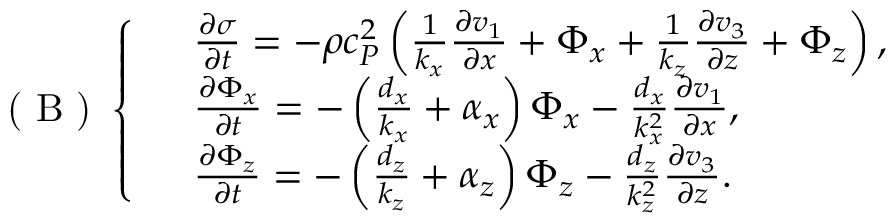
\textup { ( B ) } \left\{ \begin{array} { r l } & { \frac { \partial \sigma } { \partial t } = - \rho c _ { P } ^ { 2 } \left( \frac { 1 } { k _ { x } } \frac { \partial v _ { 1 } } { \partial x } + \Phi _ { x } + \frac { 1 } { k _ { z } } \frac { \partial v _ { 3 } } { \partial z } + \Phi _ { z } \right) , } \\ & { \frac { \partial \Phi _ { x } } { \partial t } = - \left( \frac { d _ { x } } { k _ { x } } + \alpha _ { x } \right) \Phi _ { x } - \frac { d _ { x } } { k _ { x } ^ { 2 } } \frac { \partial v _ { 1 } } { \partial x } , } \\ & { \frac { \partial \Phi _ { z } } { \partial t } = - \left( \frac { d _ { z } } { k _ { z } } + \alpha _ { z } \right) \Phi _ { z } - \frac { d _ { z } } { k _ { z } ^ { 2 } } \frac { \partial v _ { 3 } } { \partial z } . } \end{array} \right.